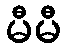
မီမီ